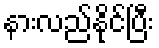
နားလည်နိုင်ပြီး